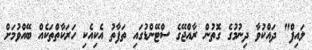
ލައިފް" ދައްކުވާ ދިނުމުގެ ގޮތުން ރާއްޖޭގެ ސްޓޭންޑުގައި ތަފާތު އެކިއެކި ހަރަކާތްތަކެއް ބޭއްވުމަށް